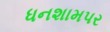
ધનશામપર